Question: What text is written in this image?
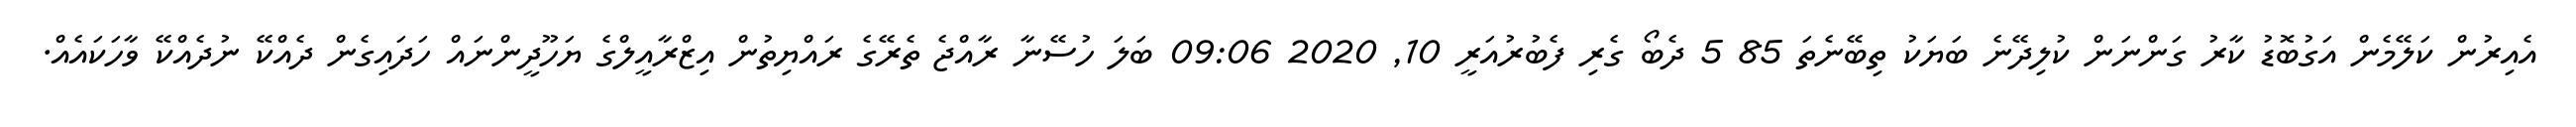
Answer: އެއިރުން ކަލޭމެން އަގުބޮޑު ކާރު ގަންނަން ކުލިދޭނެ ބަޔަކު ތިބޭނެތަ 85 5 ދެބޯ ގެރި ފެބުރުއަރީ 10, 2020 09:06 ބަލަ ހުސޭނާ ރާއްޖެ ތެރޭގެ ރައްޔިތުން އިޒްރާއީލްގެ ޔަހޫދީންނައް ހަދައިގެން ދެއްކޭ ނުދެއްކޭ ވާހަކައެއް.